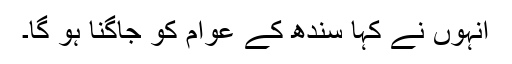
انہوں نے کہا سندھ کے عوام کو جاگنا ہو گا۔